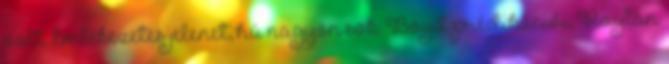
volt. Emlékezetes jelenet, hú nagyon sok: Boyd prédikációi; Raylan